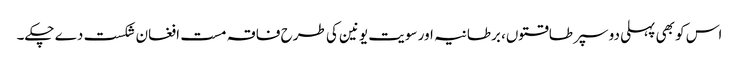
اس کو بھی پہلی دو سپر طاقتوں، برطانیہ اور سویت یونین کی طرح فاقہ مست افغان شکست دے چکے۔